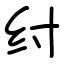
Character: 纣